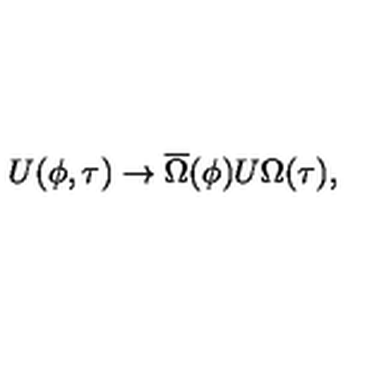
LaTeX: U ( \phi , \tau ) \rightarrow \overline { { \Omega } } ( \phi ) U \Omega ( \tau ) ,